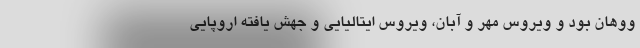
ووهان بود و ویروس مهر و آبان، ویروس ایتالیایی و جهش یافته اروپایی